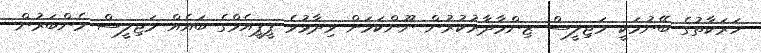
ހަރަކާތުގެ ބޭނުމަކީ މަޖިލީސް ޒިންމާދާރުކުރުން ނޫންކަމަށް ވިދާޅުވެ ޕީޕީއެމްގެ ބައެއް މަޖިލީސް މެންބަރުން